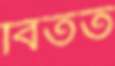
বিতত